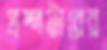
প্রম্পটারের